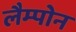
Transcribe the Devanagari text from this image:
लैम्पोन